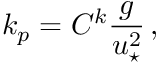
k _ { p } = C ^ { k } \frac { g } { u _ { \star } ^ { 2 } } \, ,